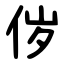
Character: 㑕